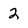
Character: 2